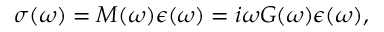
\sigma ( \omega ) = M ( \omega ) \epsilon ( \omega ) = i \omega G ( \omega ) \epsilon ( \omega ) ,